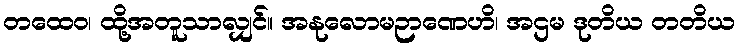
တထေဝ၊ ထို့အတူသာလျှင်။ အနုလောမဉာဏေဟိ၊ အဌမ ဒုတိယ တတိယ